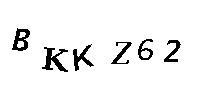
BKKZ62